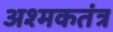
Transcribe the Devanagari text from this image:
अश्मकतंत्र